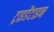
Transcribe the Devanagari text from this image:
ट्राइडेंटाइन